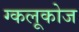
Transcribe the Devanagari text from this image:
ग्कलूकोज